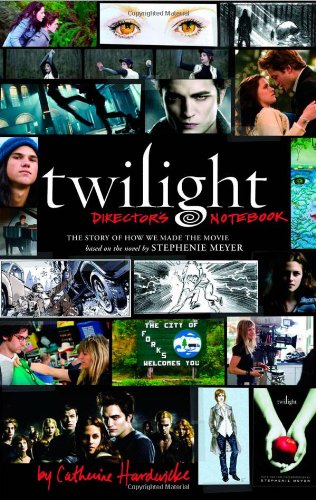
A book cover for Twilight: Director's Notebook: The Story of How We Made the Movie Based on the Novel by Stephenie Meyer; Catherine Hardwicke; Teen & Young Adult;